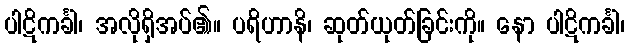
ပါဋိကင်္ခါ၊ အလိုရှိအပ်၏။ ပရိဟာနိ၊ ဆုတ်ယုတ်ခြင်းကို။ နော ပါဋိကင်္ခါ၊